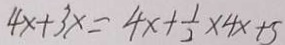
4 x + 3 x = 4 x + \frac { 1 } { 2 } \times 4 x + 5